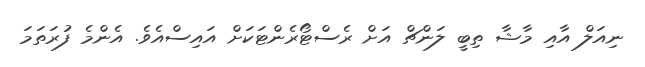
ނިއަލް އާއި މާޝާ ތިބީ ލަންޗް އަށް ރެސްޓޯރެންޓަކަށް އައިސްއެވެ. އެންމެ ފުރަތަމަ